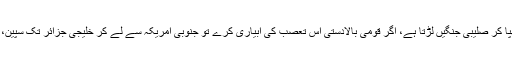
اگر عیسائیت اس کے تعصب کو ہوا دے تو کئی صدیاں اس تعصب کو صلیب میں چھپا کر صلیبی جنگیں لڑتا ہے، اگر قومی بالادستی اس تعصب کی آبیاری کرے تو جنوبی امریکہ سے لے کر خلیجی جزائر تک سپین، پرتگال، ولندیز، فرانس اور برطانیہ کے گورے دنیا کے ہر خطے پر قابض ہو گئے۔